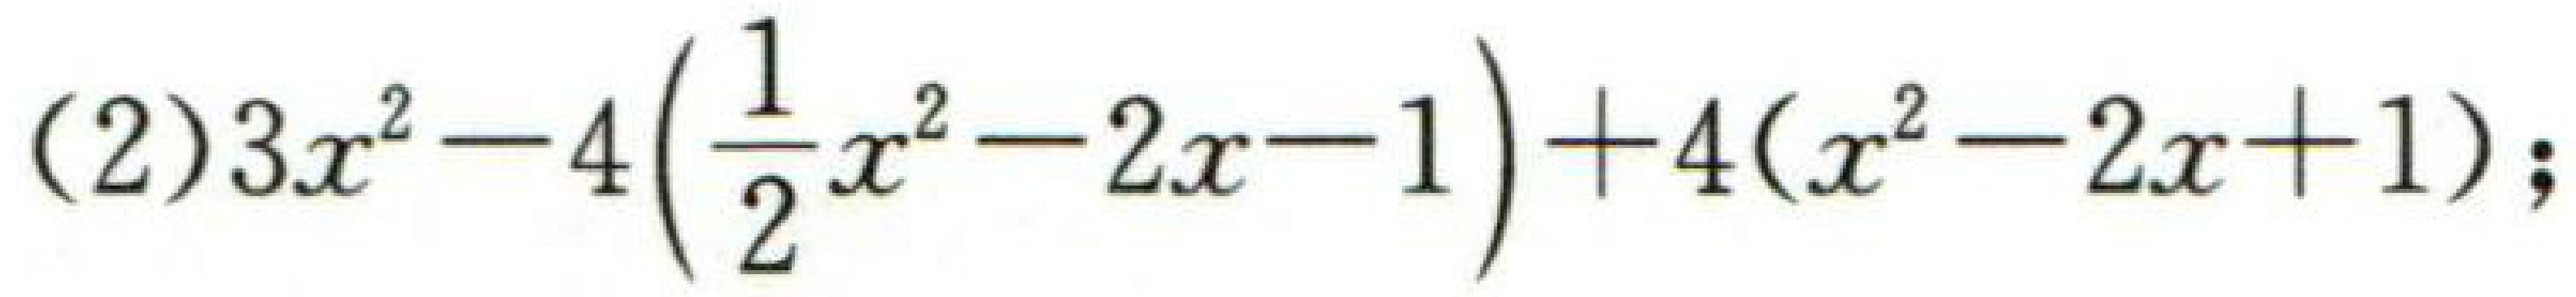
(2)\(3x^{2}-4\left(\frac{1}{2}x^{2}-2x - 1\right)+4(x^{2}-2x + 1)\);